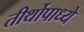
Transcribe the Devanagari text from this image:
तीर्थोपाध्ये